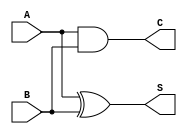
module half_adder(S, C, A, B);
	
	input A, B;
	output S, C;
	xor(S, A, B);
	and(C, A, B);

endmodule

module full_adder(S, Cout, A, B, Cin);
	
	input A, B, Cin;
	output S, Cout;
	wire s1, c1, c2;
	half_adder ha1(s1, c1, A, B);
	half_adder ha2(S, c2, s1, Cin);
	or o1(Cout, c1, c2); 

endmodule

module four_bit_binary_parallel_adder (S, Cout, A, B, Cin);

	input [3:0] A, B;
	input Cin;
	output [3:0] S;
	output Cout;
	wire [2:0] c;
	full_adder f1(S[0], c[0], A[0], B[0], Cin);
	full_adder f2(S[1], c[1], A[1], B[1], c[0]);
	full_adder f3(S[2], c[2], A[2], B[2], c[1]);
	full_adder f4(S[3], Cout, A[3], B[3], c[2]);

endmodule